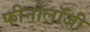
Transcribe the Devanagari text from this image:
फीनोलॉजी